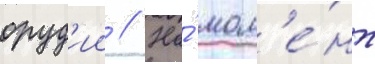
оруд'ии // На́ мом'е́нт